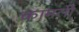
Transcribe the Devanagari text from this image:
कामली